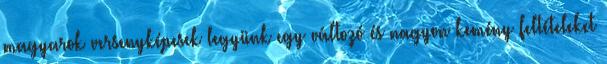
magyarok versenyképesek legyünk egy változó és nagyon kemény feltételeket